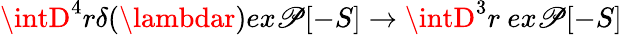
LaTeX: \intD^{4}r\delta(\lambdar)ex\mathscr{P}[-S]\rightarrow\intD^{3}r~ex\mathscr{P}[-S]